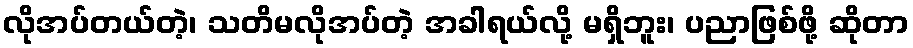
လိုအပ်တယ်တဲ့၊ သတိမလိုအပ်တဲ့ အခါရယ်လို့ မရှိဘူး၊ ပညာဖြစ်ဖို့ ဆိုတာ